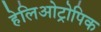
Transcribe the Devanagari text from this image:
हेलिओट्रोपिक